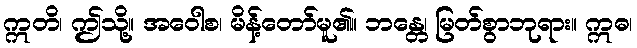
ဣတိ၊ ဤသို့။ အဝေါစ၊ မိန့်တော်မူ၏။ ဘန္တေ၊ မြတ်စွာဘုရား။ ဣဓ၊